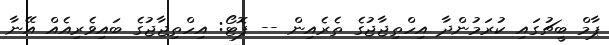
ޕާމް ބީޗުގައި ކުރަމުންދާ އިހްތިޖާޖުގެ ތެރެއިން -- ފޮޓޯ: އިހްތިޖާޖުގެ ބައިވެރިއެއް އޭނާ